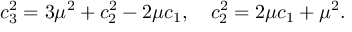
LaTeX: c _ { 3 } ^ { 2 } = 3 \mu ^ { 2 } + c _ { 2 } ^ { 2 } - 2 \mu c _ { 1 } , ~ ~ ~ c _ { 2 } ^ { 2 } = 2 \mu c _ { 1 } + \mu ^ { 2 } .